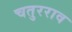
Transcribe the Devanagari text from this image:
चतुरराव